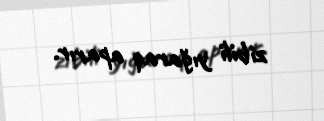
zibili yığaraq aparır.